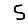
Digit: 5